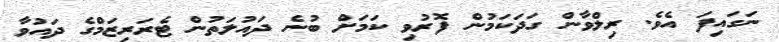
ނަގައިފަ އެވެ. ރިލްވާން ގަދަކަމުން ފޮރުވި ކަމަށް ބުނެ ދައުލަތުން ޓެރަރިޒަމްގެ ދައުވާ